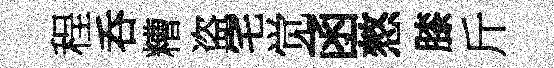
程呑糟盗宅觉函憗膝斤